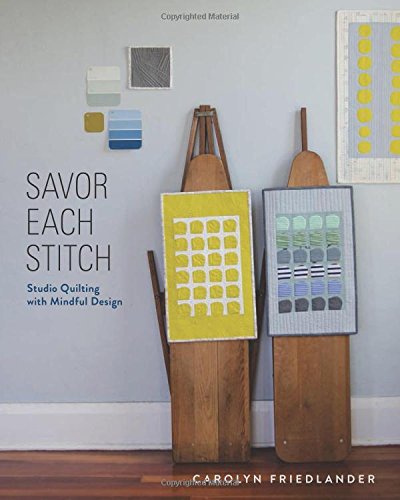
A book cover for Savor Each Stitch: Studio Quilting with Mindful Design; Carolyn Friedlander; Crafts, Hobbies & Home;